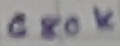
Text: 680K